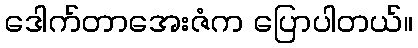
ဒေါက်တာအေးဇံက ပြောပါတယ်။